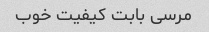
مرسی بابت کیفیت خوب